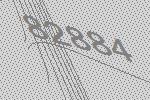
82884